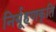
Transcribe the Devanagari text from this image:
निर्यूहणकृति